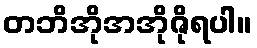
တဘိအိုအအိုဇိုရပါ။